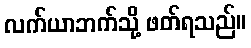
လက်ယာဘက်သို့ ဖတ်ရသည်။